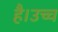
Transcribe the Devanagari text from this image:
है।उच्च